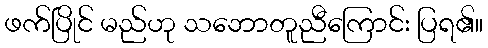
ဖက်ပြိုင် မည်ဟု သဘောတူညီကြောင်း ပြရ၏။